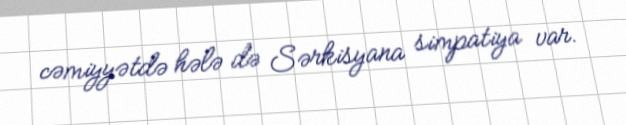
cəmiyyətdə hələ də Sərkisyana simpatiya var.